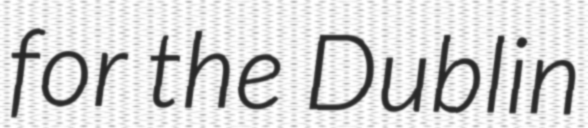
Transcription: for the Dublin